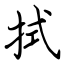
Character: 拭